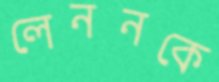
লেননকে